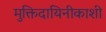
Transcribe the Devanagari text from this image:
मुक्तिदायिनीकाशी